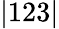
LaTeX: |123|